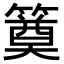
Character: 𥳢